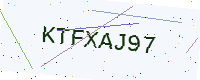
Text: KTFXAJ97